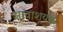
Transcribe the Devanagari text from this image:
आवाशयक